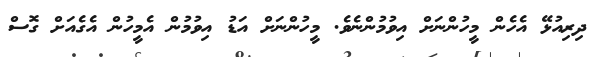
ދިރިއުޅޭ އެހެން މީހުންނަށް އިވުމުންނެވެ. މީހުންނަށް އަޑު އިވުމުން އެމީހުން އެގެއަށް ގޮސް